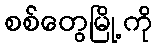
စစ်တွေမြို့ကို